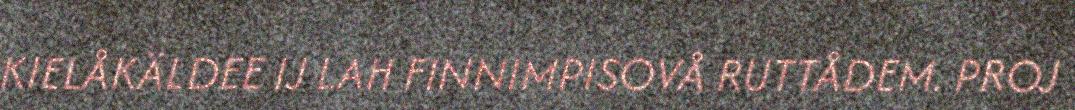
KIELÅKÄLDEE IJ LAH FINNIMPISOVÅ RUTTÅDEM. PROJ